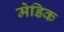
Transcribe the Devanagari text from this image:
मेडिक